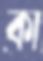
কা